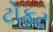
ટોફટ